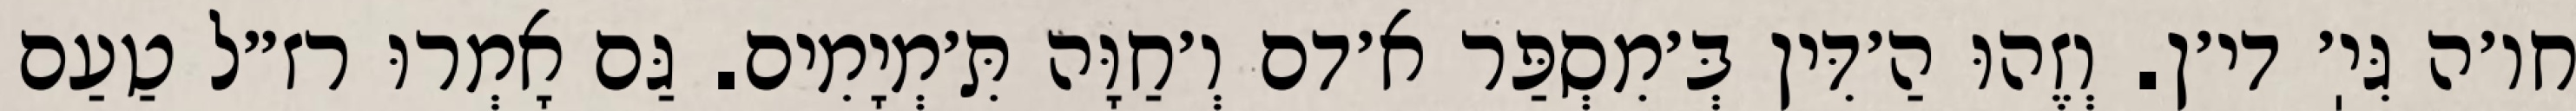
חו׳ה גִּיֽ׳ די׳ן. וְזֶהוּ הַ׳דִּין בְּ׳מִסְפַּר א׳דם וְ׳חַוָּה תִּ׳מְיָמִים. גַּם אָמְרוּ רז״ל טַעַם